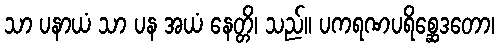
သာ ပနာယံ သာ ပန အယံ နေတ္တိ၊ သည်။ ပကရဏပရိစ္ဆေဒတော၊